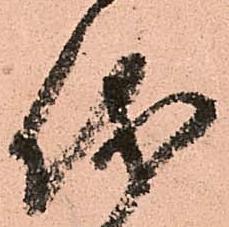
儀